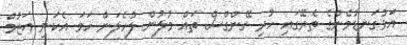
އަޅުގަނޑުމެންގެ ތެރޭގައި ހުރި ގޭންގްސް ތައް މުލުން ލުހެލަން ހަމަ އެކަނި އަޒުމް